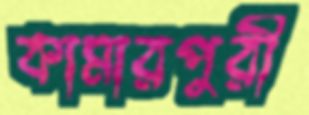
কামারপুরী